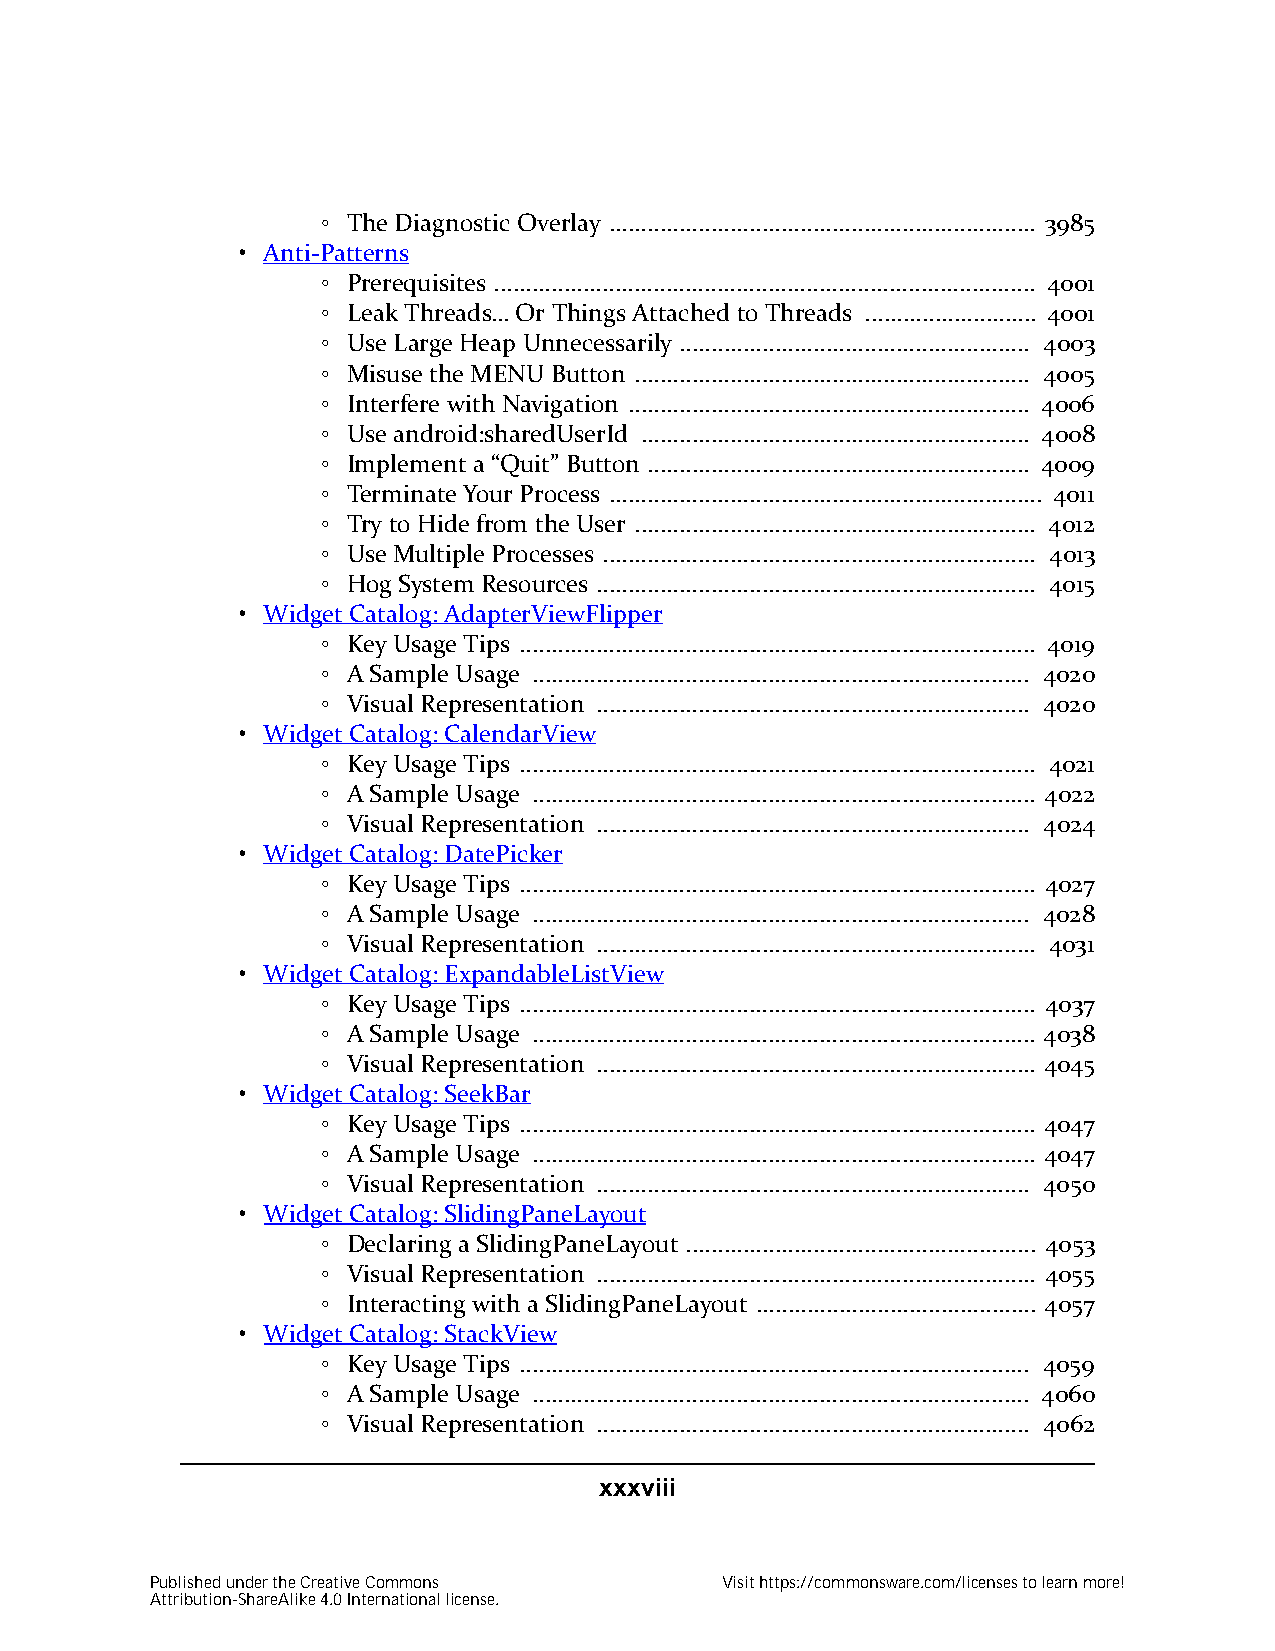
◦ The Diagnostic Overlay ................................................................... 3985
 • Anti-Patterns
 ◦ Prerequisites ..................................................................................... 4001
 ◦ Leak Threads… Or Things Attached to Threads ........................... 4001
 ◦ Use Large Heap Unnecessarily ....................................................... 4003
 ◦ Misuse the MENU Button .............................................................. 4005
 ◦ Interfere with Navigation ............................................................... 4006
 ◦ Use android:sharedUserId ............................................................. 4008
 ◦ Implement a “Quit” Button ............................................................ 4009
 ◦ Terminate Your Process .................................................................... 4011
 ◦ Try to Hide from the User ............................................................... 4012
 ◦ Use Multiple Processes .................................................................... 4013
 ◦ Hog System Resources ..................................................................... 4015
 • Widget Catalog: AdapterViewFlipper
 ◦ Key Usage Tips ................................................................................. 4019
 ◦ A Sample Usage .............................................................................. 4020
 ◦ Visual Representation .................................................................... 4020
 • Widget Catalog: CalendarView
 ◦ Key Usage Tips ................................................................................. 4021
 ◦ A Sample Usage ............................................................................... 4022
 ◦ Visual Representation .................................................................... 4024
 • Widget Catalog: DatePicker
 ◦ Key Usage Tips ................................................................................. 4027
 ◦ A Sample Usage .............................................................................. 4028
 ◦ Visual Representation ..................................................................... 4031
 • Widget Catalog: ExpandableListView
 ◦ Key Usage Tips ................................................................................. 4037
 ◦ A Sample Usage ............................................................................... 4038
 ◦ Visual Representation ..................................................................... 4045
 • Widget Catalog: SeekBar
 ◦ Key Usage Tips ................................................................................. 4047
 ◦ A Sample Usage ............................................................................... 4047
 ◦ Visual Representation .................................................................... 4050
 • Widget Catalog: SlidingPaneLayout
 ◦ Declaring a SlidingPaneLayout ....................................................... 4053
 ◦ Visual Representation ..................................................................... 4055
 ◦ Interacting with a SlidingPaneLayout ............................................ 4057
 • Widget Catalog: StackView
 ◦ Key Usage Tips ................................................................................ 4059
 ◦ A Sample Usage .............................................................................. 4060
 ◦ Visual Representation .................................................................... 4062
 xxxviii
 Published under the Creative Commons  Visit https://commonsware.com/licenses to learn more!
 Attribution-ShareAlike 4.0 International license.